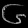
Digit: ၆